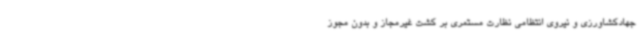
جهادکشاورزی و نیروی انتظامی نظارت مستمری بر کشت غیرمجاز و بدون مجوز